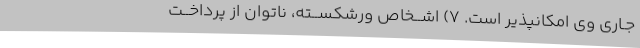
جـاری وی امکانپذیر است. ۷) اشــخاص ورشکســته، ناتوان از پرداخــت